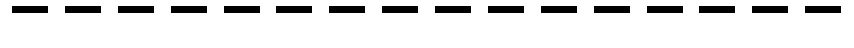
----------------